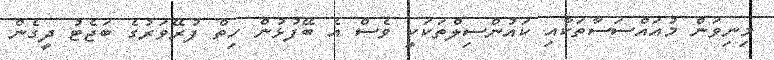
މިނިވަން މުއައްސަސާތަކާއި ކައުންސިލްތަކަކީ ވެސް އެ ބޭފުޅުން ހިތް ފުރޭވަރުގެ ބަޖެޓު ދީގެން